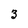
Character: 3